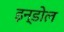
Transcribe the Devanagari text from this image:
इन्डोल